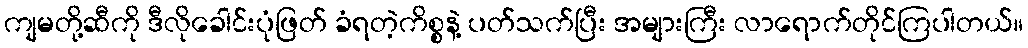
ကျမတို့ဆီကို ဒီလိုခေါင်းပုံဖြတ် ခံရတဲ့ကိစ္စနဲ့ ပတ်သက်ပြီး အများကြီး လာရောက်တိုင်ကြပါတယ်။